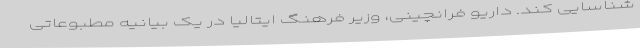
شناسایی کند. داریو فرانچینی، وزیر فرهنگ ایتالیا در یک بیانیه مطبوعاتی